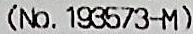
(NO. 193573-M)